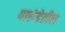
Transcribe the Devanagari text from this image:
पारुंडेतील